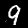
Label: 9